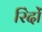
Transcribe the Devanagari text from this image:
रिंदों